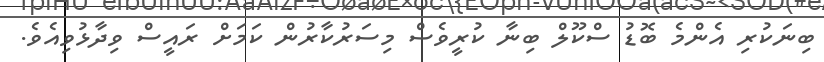
ބިނަކުރި އެންމެ ބޮޑު ސްކޫލް ބިނާ ކުރީވެސް މިސަރުކާރުން ކަމަށް ރައީސް ވިދާޅުވިއެވެ.